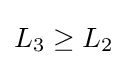
L_{\text{3}}\geq L_{\text{2}}